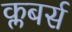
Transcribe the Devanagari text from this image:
क्लबर्स